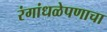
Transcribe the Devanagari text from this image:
रंगांधळेपणाचा